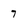
Character: 7